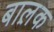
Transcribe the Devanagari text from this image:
बाल़क